Civil Veterinary Department Bihar & Orissa reports 1911-21 - 1911-1921
Year: 1911
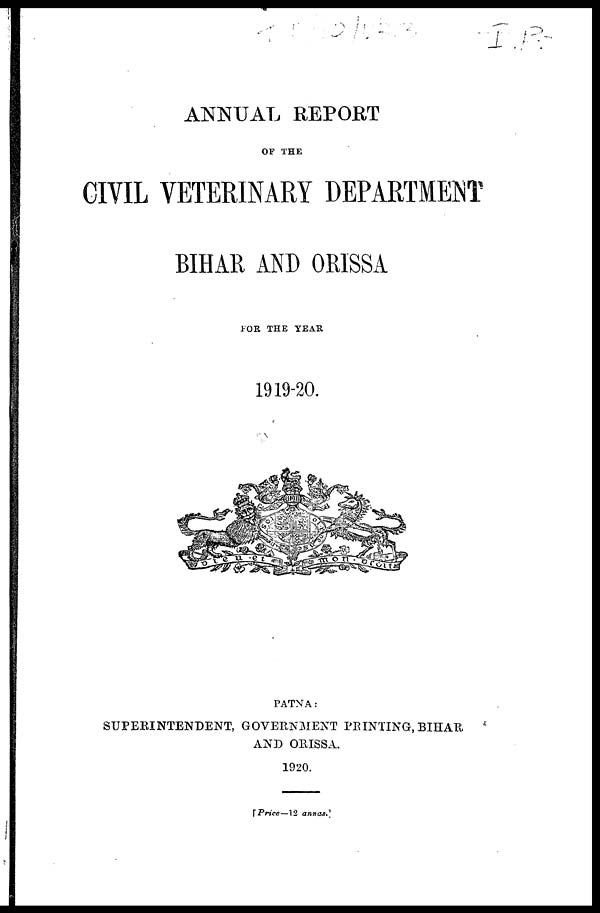
ANNUAL REPORT
OF THE
CIVIL VETERINARY DEPARTMENT
BIHAR AND ORISSA
FOR THE YEAR
1919-20.
PATNA :
SUPERINTENDENT, GOVERNMENT PRINTING, BIHAR
AND ORISSA.
1920.
[ Price—12 annas.]